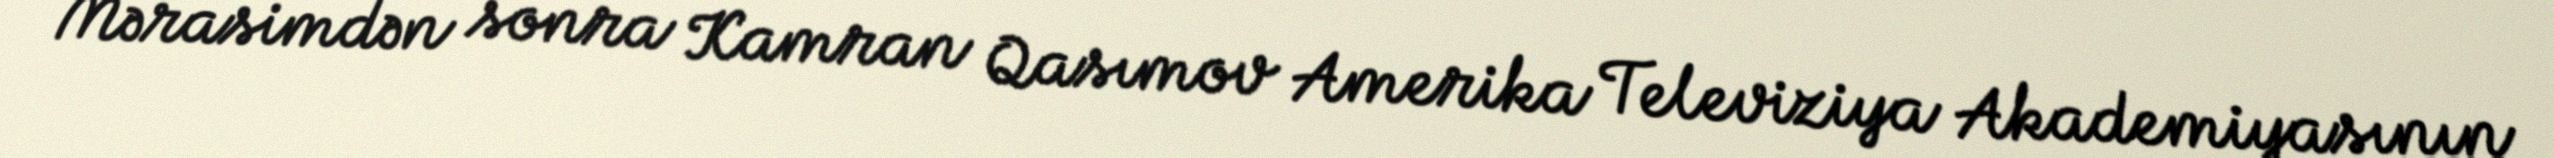
Mərasimdən sonra Kamran Qasımov Amerika Televiziya Akademiyasının